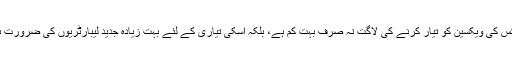
مثلا سمال پاکس کی ویکسین کو تیار کرنے کی لاگت نہ صرف بہت کم ہے، بلکہ اسکی تیاری کے لئے بہت زیادہ جدید لیبارٹریوں کی ضرورت بھی نہیں ہے۔